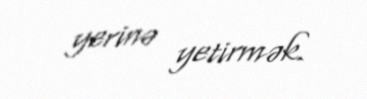
yerinə yetirmək.